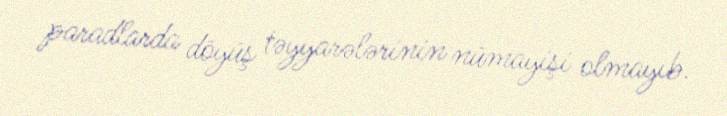
paradlarda döyüş təyyarələrinin nümayişi olmayıb.